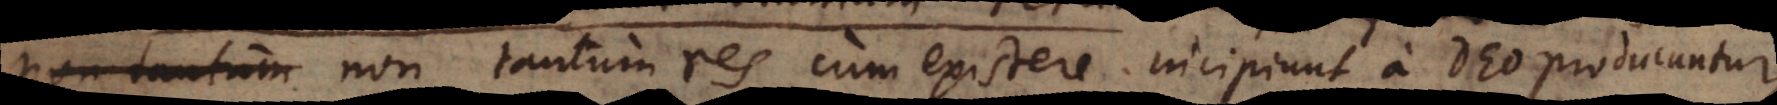
Hoc est non tantum res cum existere incipiunt a Deo producuntur,